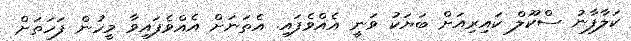
ކަލާފާނު ސްކޫލް ކައިރިއަށް ބަޔަކު ވަނީ އެއްވެފައި. އެތަނަށް އެއްވެފައިވާ މީހުން ފަހަތަށް